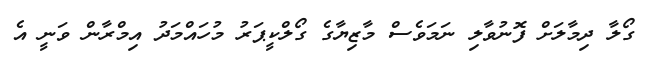
ގޯލާ ދިމާލަށް ފޮނުވާލި ނަމަވެސް މާޒިޔާގެ ގޯލްކީޕަރު މުހައްމަދު އިމްރާން ވަނީ އެ